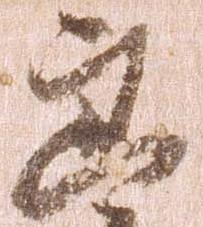
郎